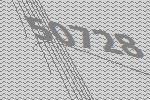
50728